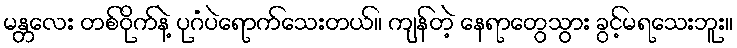
မန္တလေး တစ်ဝိုက်နဲ့ ပုဂံပဲရောက်သေးတယ်။ ကျန်တဲ့ နေရာတွေသွား ခွင့်မရသေးဘူး။